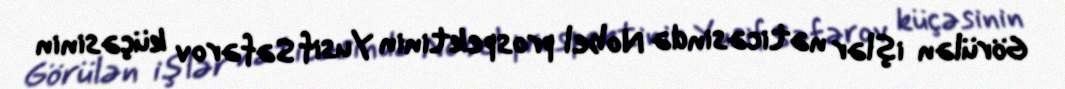
Görülən işlər nəticəsində Nobel prospektinin Yusif Səfərov küçəsinin